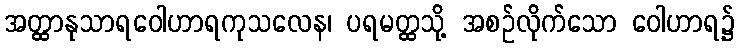
အတ္ထာနုသာရဝေါဟာရကုသလေန၊ ပရမတ္ထသို့ အစဉ်လိုက်သော ဝေါဟာရ၌